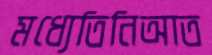
মধ্যেতিনিআত